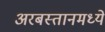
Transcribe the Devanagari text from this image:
अरबस्तानमध्ये